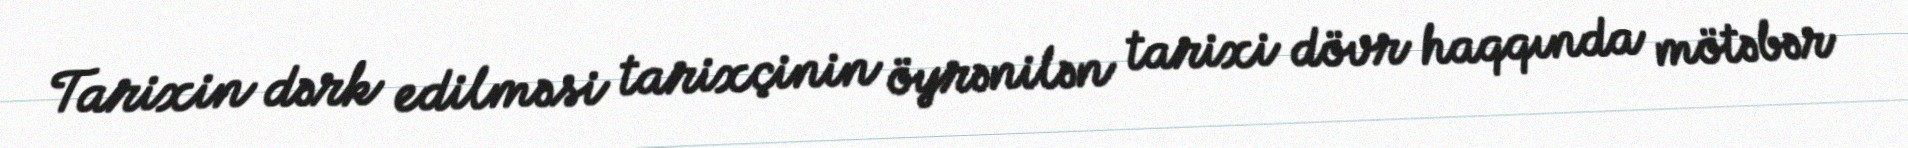
Tarixin dərk edilməsi tarixçinin öyrənilən tarixi dövr haqqında mötəbər